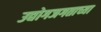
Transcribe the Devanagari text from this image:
उद्योगजगताच्या